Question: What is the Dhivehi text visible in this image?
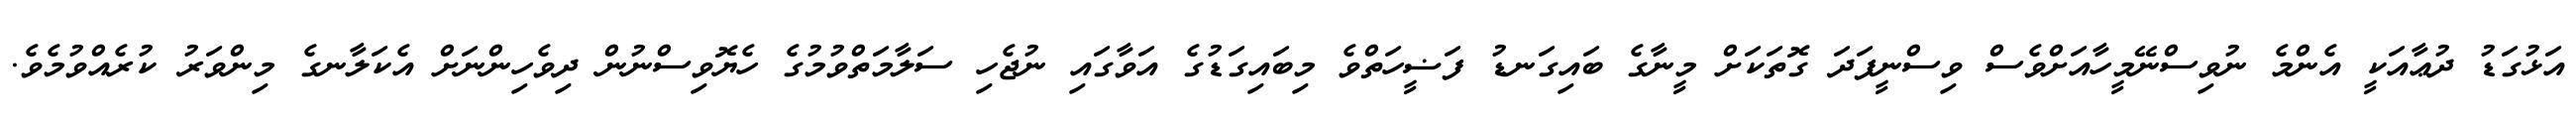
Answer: އަޅުގަޑު ދުޢާއަކީ އެންމެ ނުވިސްނޭމީހާއަށްވެސް ވިސްނީފަދަ ގޮތަކަށް މީނާގެ ބައިގަނޑު ފަޟީހަތްވެ މިބައިގަޑުގެ އަވާގައި ނުޖެހި ސަލާމަތްވުމުގެ ހެޔޮވިސްނުން ދިވެހިންނަށް އެކަލާނގެ މިންވަރު ކުރެއްވުމެވެ.